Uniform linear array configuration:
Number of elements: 32
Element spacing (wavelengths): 0.25
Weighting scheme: binomial
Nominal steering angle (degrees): -45
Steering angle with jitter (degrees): -45.511
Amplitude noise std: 0.05
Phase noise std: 0.05

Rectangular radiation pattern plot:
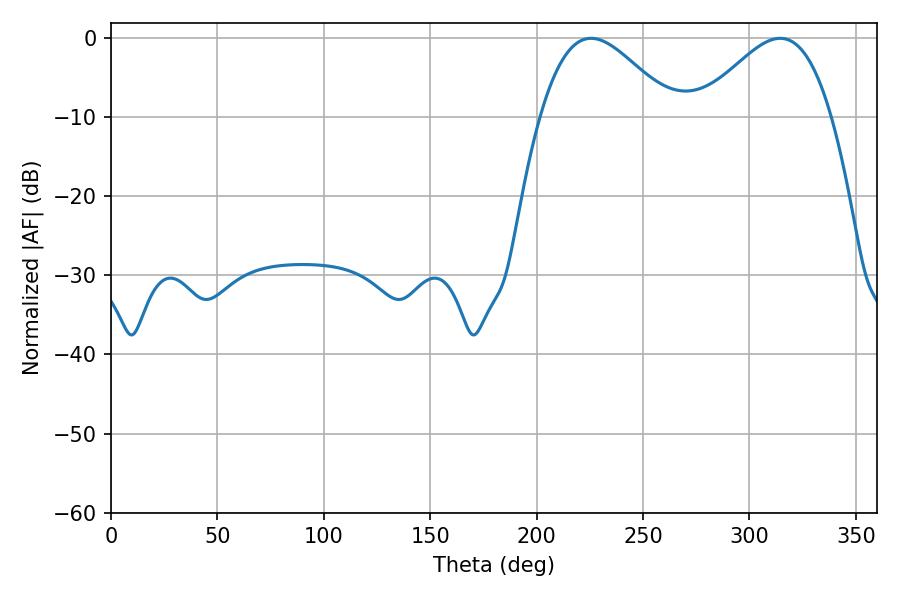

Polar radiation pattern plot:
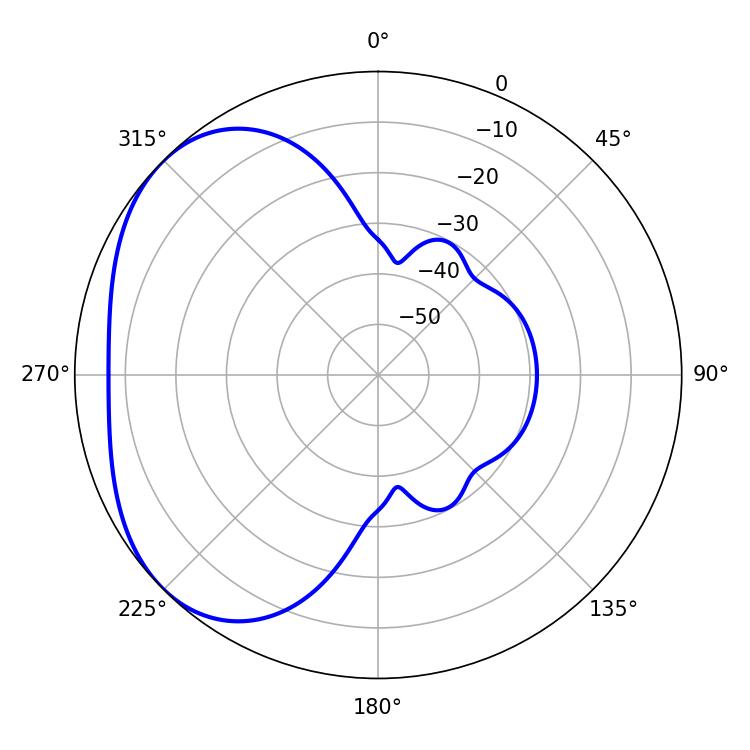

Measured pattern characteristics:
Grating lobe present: FALSE
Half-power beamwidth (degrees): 33.12
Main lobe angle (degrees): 225.54